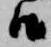
候